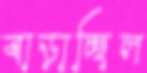
বাড়াচ্ছিল